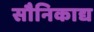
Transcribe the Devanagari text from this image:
सौनिकाद्य